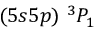
( 5 s 5 p ) ~ ^ { 3 } P _ { 1 }